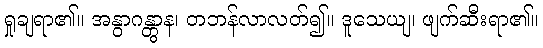
ရှုချရာ၏။ အနွာဂန္တွာန၊ တဘန်လာလတ်၍။ ဒူသေယျ၊ ဖျက်ဆီးရာ၏။